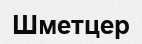
Шметцер